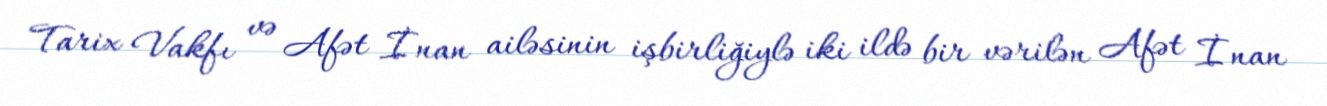
Tarix Vakfı və Afət İnan ailəsinin işbirliğiylə iki ildə bir vərilən Afət İnan